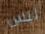
ليس